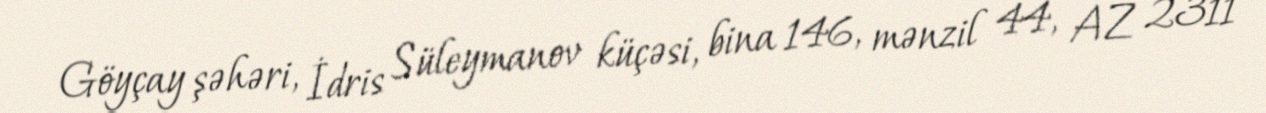
Göyçay şəhəri, İdris Süleymanov küçəsi, bina 146, mənzil 44, AZ 2311